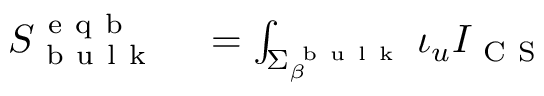
\begin{array} { r l } { S _ { \mathrm { ~ b ~ u ~ l ~ k ~ } } ^ { \mathrm { ~ e ~ q ~ b ~ } } } & { { } = \int _ { \Sigma _ { \beta } ^ { \mathrm { ~ b ~ u ~ l ~ k ~ } } } \iota _ { u } I _ { \mathrm { ~ C ~ S ~ } } } \end{array}